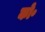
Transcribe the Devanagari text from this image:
को॰